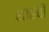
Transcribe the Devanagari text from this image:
शाहची